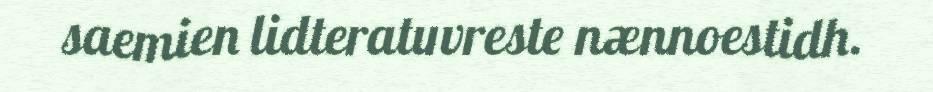
saemien lidteratuvreste nænnoestidh.